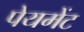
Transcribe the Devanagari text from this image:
पेयमेंट